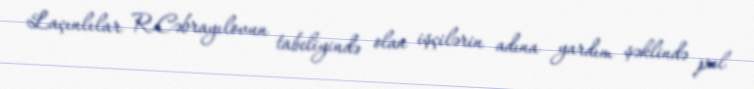
Laçınlılar R.Cəbrayılovun tabeliyində olan işçilərin adına yardım şəklində pul